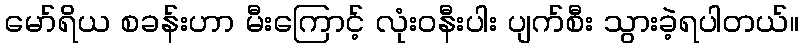
မော်ရိယ စခန်းဟာ မီးကြောင့် လုံးဝနီးပါး ပျက်စီး သွားခဲ့ရပါတယ်။